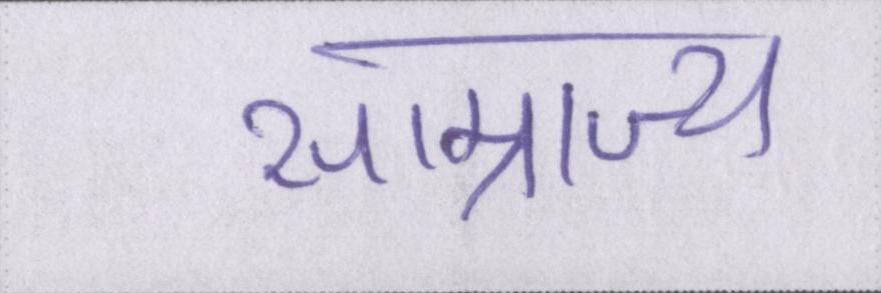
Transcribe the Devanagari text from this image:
साम्राज्य